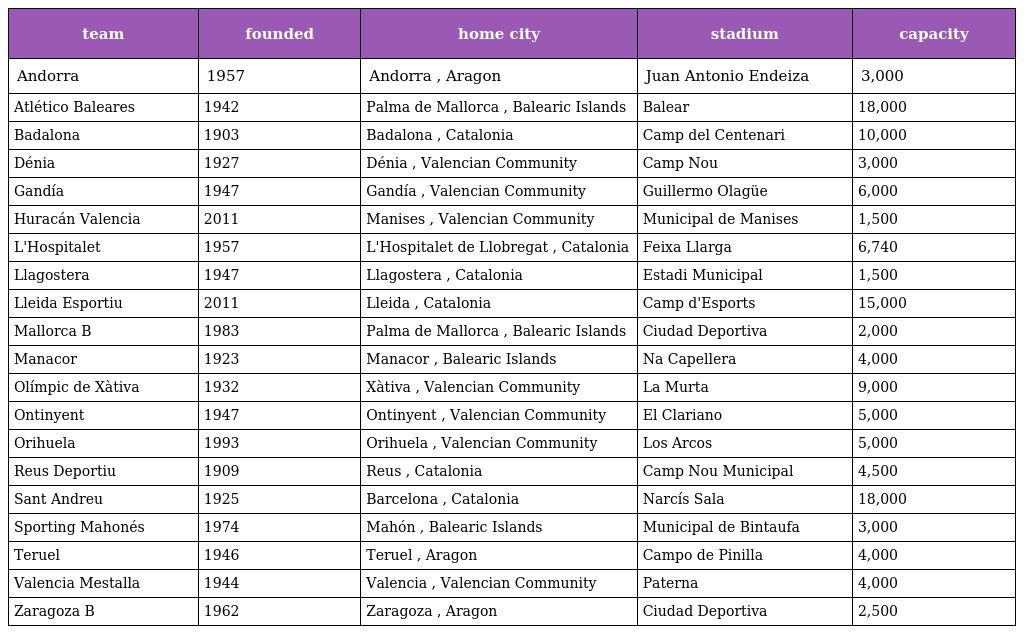
| team | founded | home city | stadium | capacity |
 | --- | --- | --- | --- | --- |
 | Andorra | 1957 | Andorra , Aragon | Juan Antonio Endeiza | 3,000 |
 | Atlético Baleares | 1942 | Palma de Mallorca , Balearic Islands | Balear | 18,000 |
 | Badalona | 1903 | Badalona , Catalonia | Camp del Centenari | 10,000 |
 | Dénia | 1927 | Dénia , Valencian Community | Camp Nou | 3,000 |
 | Gandía | 1947 | Gandía , Valencian Community | Guillermo Olagüe | 6,000 |
 | Huracán Valencia | 2011 | Manises , Valencian Community | Municipal de Manises | 1,500 |
 | L'Hospitalet | 1957 | L'Hospitalet de Llobregat , Catalonia | Feixa Llarga | 6,740 |
 | Llagostera | 1947 | Llagostera , Catalonia | Estadi Municipal | 1,500 |
 | Lleida Esportiu | 2011 | Lleida , Catalonia | Camp d'Esports | 15,000 |
 | Mallorca B | 1983 | Palma de Mallorca , Balearic Islands | Ciudad Deportiva | 2,000 |
 | Manacor | 1923 | Manacor , Balearic Islands | Na Capellera | 4,000 |
 | Olímpic de Xàtiva | 1932 | Xàtiva , Valencian Community | La Murta | 9,000 |
 | Ontinyent | 1947 | Ontinyent , Valencian Community | El Clariano | 5,000 |
 | Orihuela | 1993 | Orihuela , Valencian Community | Los Arcos | 5,000 |
 | Reus Deportiu | 1909 | Reus , Catalonia | Camp Nou Municipal | 4,500 |
 | Sant Andreu | 1925 | Barcelona , Catalonia | Narcís Sala | 18,000 |
 | Sporting Mahonés | 1974 | Mahón , Balearic Islands | Municipal de Bintaufa | 3,000 |
 | Teruel | 1946 | Teruel , Aragon | Campo de Pinilla | 4,000 |
 | Valencia Mestalla | 1944 | Valencia , Valencian Community | Paterna | 4,000 |
 | Zaragoza B | 1962 | Zaragoza , Aragon | Ciudad Deportiva | 2,500 |